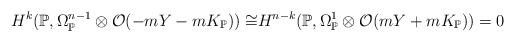
LaTeX: \begin{align*} H^k(\mathbb{P}, \Omega_{\mathbb{P}}^{n-1} \otimes \mathcal{O}(-mY-mK_{\mathbb{P}})) \cong &H^{n-k}(\mathbb{P}, \Omega_{\mathbb{P}}^1 \otimes \mathcal{O}(mY+mK_{\mathbb{P}})) = 0\end{align*}